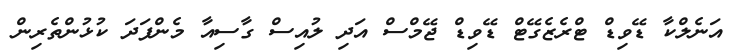
އަނެލްކާ ޑޭވިޑް ޓްރެޒެގޭޓް ޑޭވިޑް ޖޭމްސް އަދި ލުއިސް ގާސިއާ މެންފަދަ ކުޅުންތެރިން